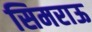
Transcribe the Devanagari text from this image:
सिमराऊ